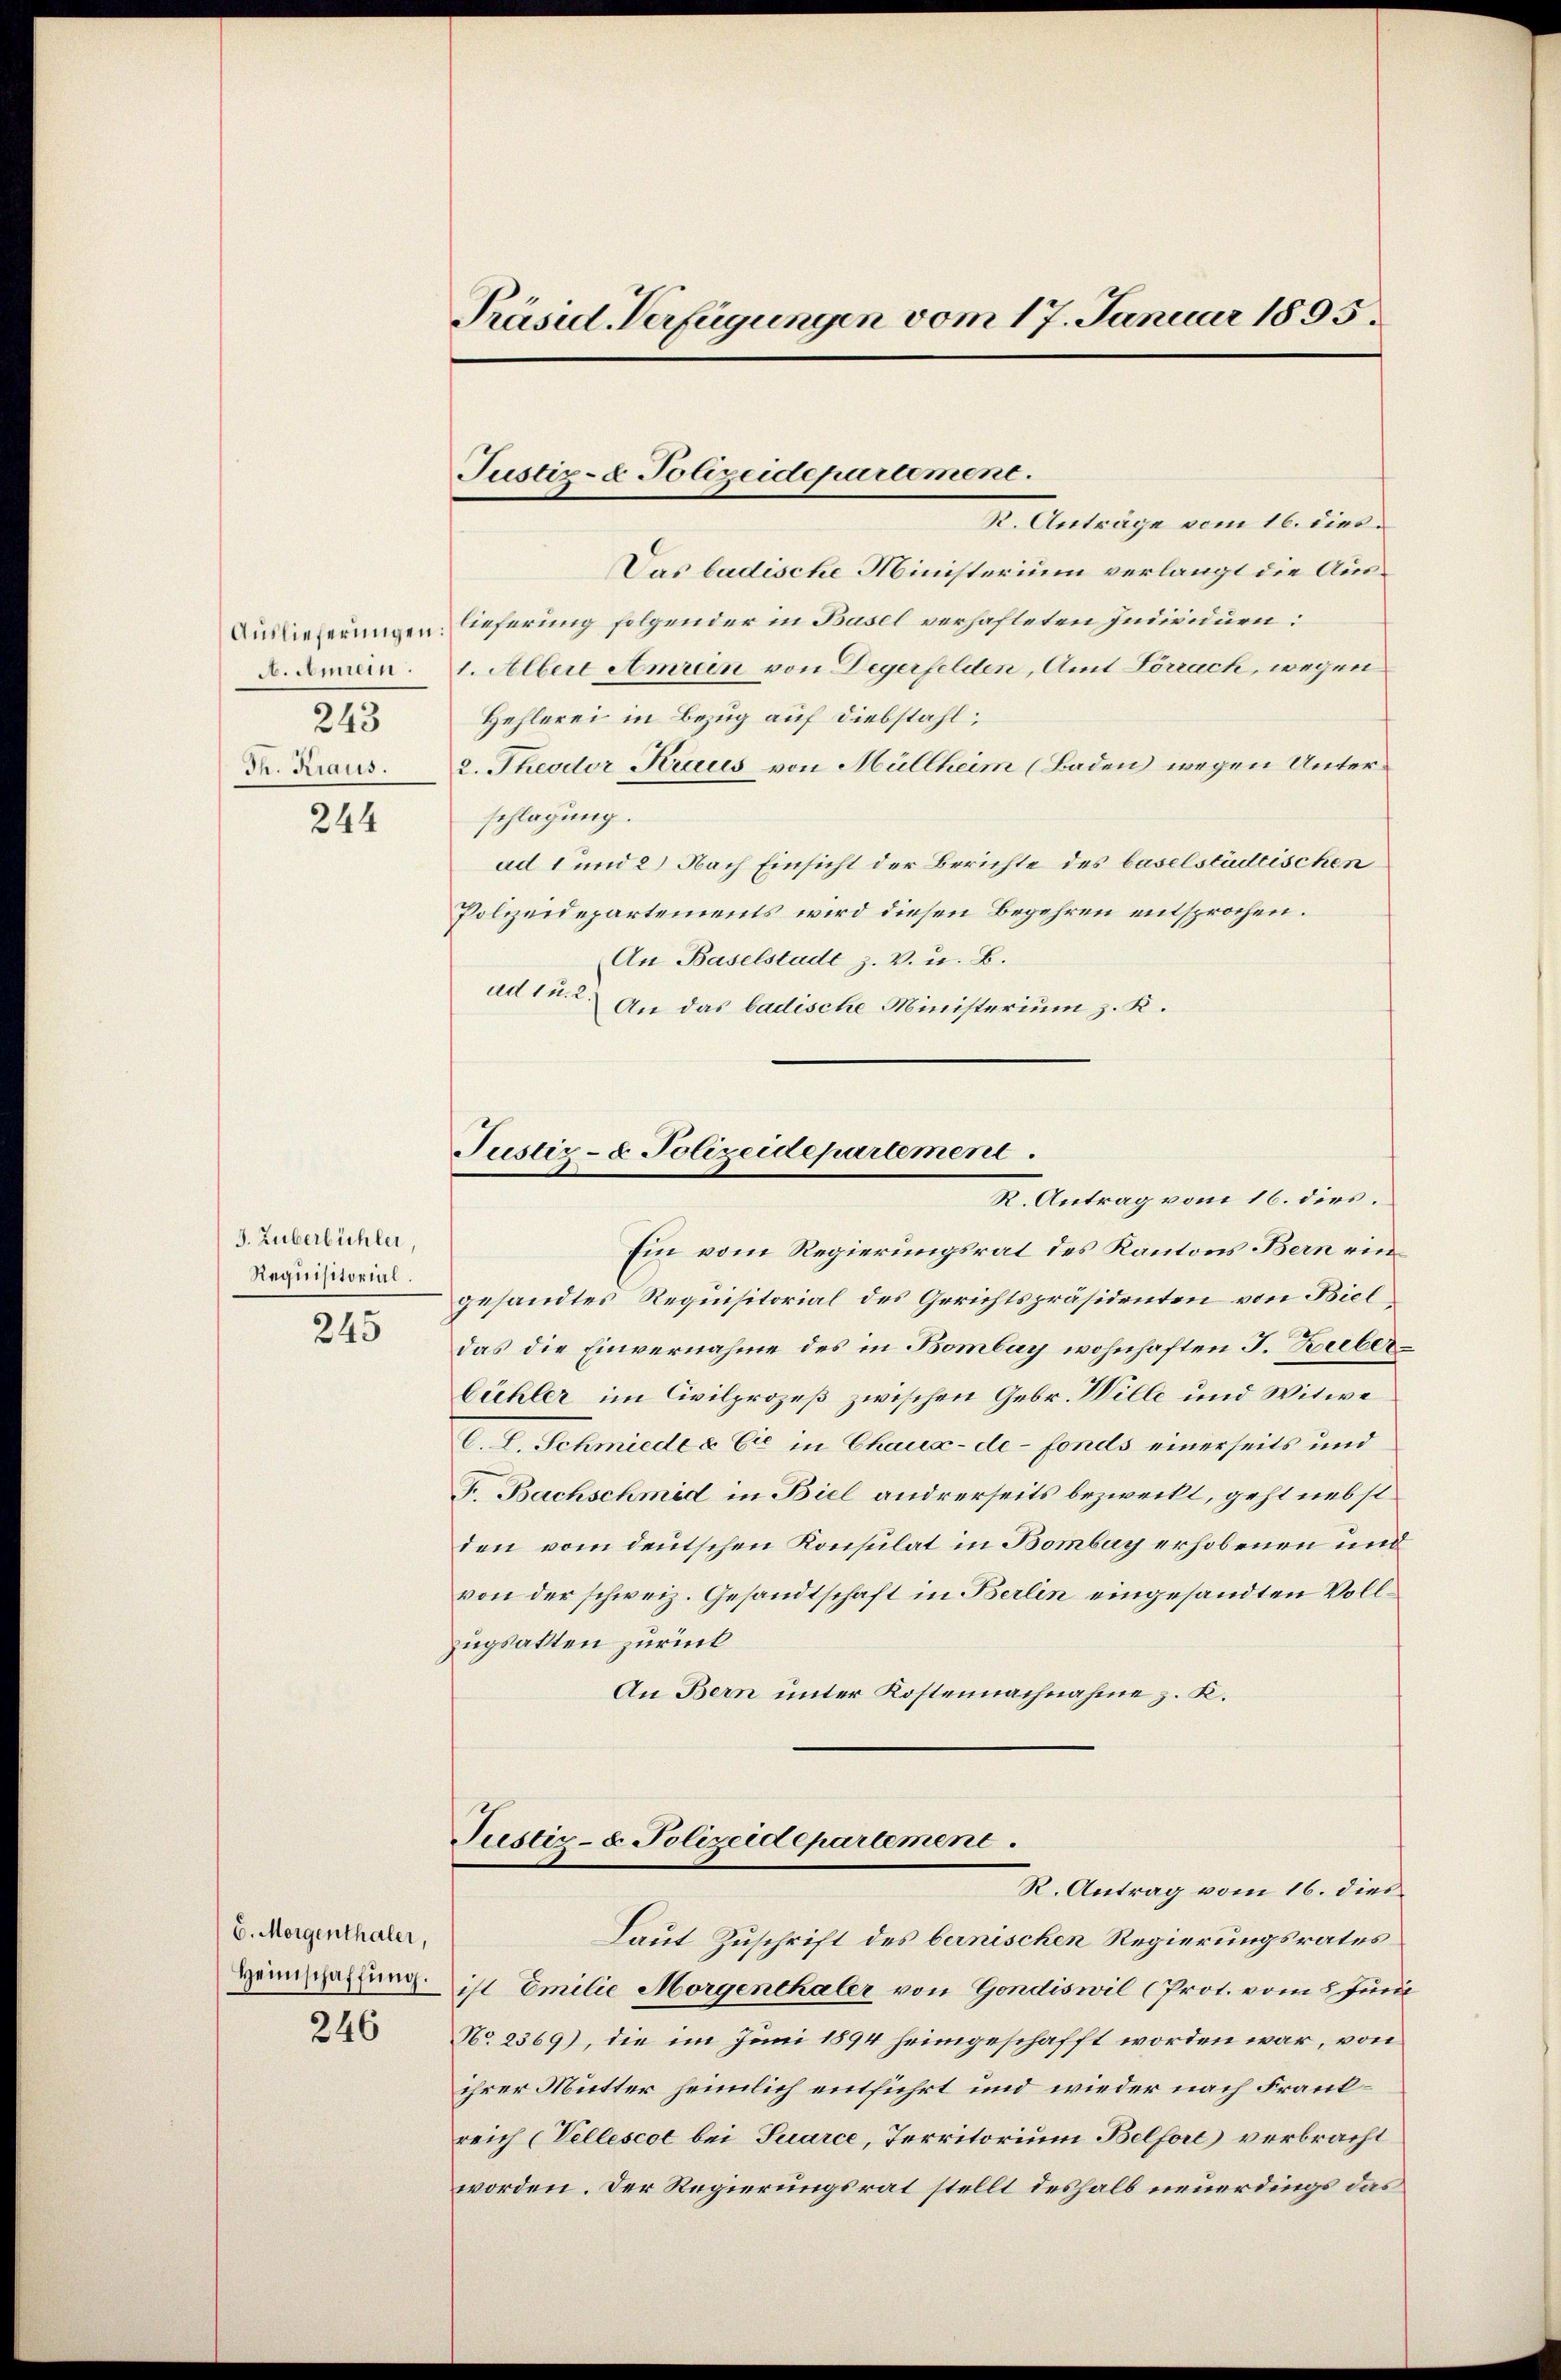
Auslieferungen:
A. Anein.
243
Th. Kraus.

244

J. Zuberbüchler
Requisitorial.

245

6. Morgenthaler,
Heimschaffung.

246

Präsid. Verfügungen vom 17. Januar 1895.

Justiz- & Polizeidepartement.
R. Anträge vom 16. dies

Das badische Ministerium verlangt die Auslieferung folgender in Basel verhafteten Individuen:
1. Albert Amrein von Degerfelden, Amt Lörrach, wegen
Hehlerei in Bezug auf Diebstahl;
2. Theodor Kraus von Müllheim (Baden wegen Unterschlagung.
ad 1 und 2) Nach Einsicht der Berichte des baselstädtischen
Polizeidepartements wird diesen Begehren entsprochen.
An Baselstadt z. V. u. B.
ad 1. 2. An das badische Ministerium z. K.

Justiz- & Polizeidepartement.
R. Antrag vom 16. dies

Ein vom Regierungsrat des Kantons Bern eingesandtes Requisitorial des Gerichtspräsidenten von Biel
das die Einvernahme des in Bombay wohnhaften J. Hieber¬
Cühler im Civilprozeß zwischen Gebr. Wille und Witwe
C. L. Schmiede & Cie in Chaux-de-Fonds einerseits und
F. Bachschmid in Biel andrerseits bezweckt, geht nebst
den vom deutschen Konsulat in Bombay erhobenen und
von der schweiz. Gesandtschaft in Berlin eingesandten Vollugsatten zurück
An Bern unter Kostennachnahme z. K.

Justiz- & Polizeidepartement.
R. Antrag vom 16. dies

Laut Zuschrift des bernischen Regierungsrates
ist Emilie Morgenthaler von Gendiswil (Prot. vom 8. Juni
No. 2369), die im Juni 1894 heimgeschafft worden war, von
ihrer Mutter heimlich entführt und wieder nach Frankreich (Vellescot bei Suarce, Territorium Belfort verbracht
worden. Der Regierungsrat stellt deshalb neuerdings das